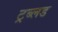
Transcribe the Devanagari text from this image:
ट्रब्लड